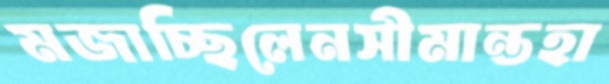
মজাচ্ছিলেনসীমান্তহা